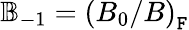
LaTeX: \mathbb{B}_{-1}=\left(B_{0}/B\right)_{\mathtt{F}}